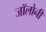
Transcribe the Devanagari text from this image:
जॉलोनी